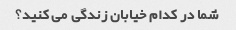
شما در کدام خیابان زندگی می کنید؟